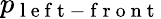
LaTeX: p_{\mathrm{~l~e~f~t~-~f~r~o~n~t~}}